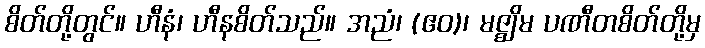
စိတ်တို့တွင်။ ဟီနံ၊ ဟီနစိတ်သည်။ အညံ၊ (ဧဝ)၊ မဇ္ဈိမ ပဏီတစိတ်တို့မှ